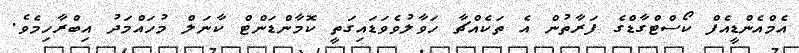
އެމްއެންޑީއެފް ކޯސްޓްގާޑްގެ ފަރާތުން އެ ތަކެއްޗާ ހަވާލުވެވަޑައިގަތީ ކޮމާންޑަންޓް ކާނަލް މުހައްމަދު އިބްރާހިމެވެ.